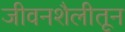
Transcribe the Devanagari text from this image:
जीवनशैलीतून